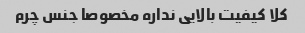
کلا کیفیت بالایی نداره مخصوصا جنس چرم